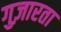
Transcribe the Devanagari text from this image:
गुज़ारता